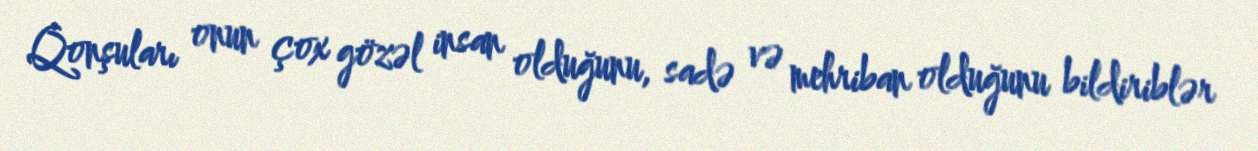
Qonşuları onun çox gözəl insan olduğunu, sadə və mehriban olduğunu bildiriblər